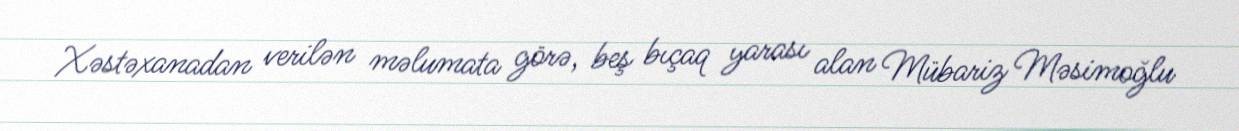
Xəstəxanadan verilən məlumata görə, beş bıçaq yarası alan Mübariz Məsimoğlu